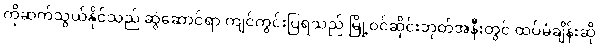
ကိုဆက်သွယ်နိုင်သည် ဆွဲဆောင်ရာ ကျင်ကွင်းပြရသည် မြို့ဝင်ဆိုင်းဘုတ်အနီးတွင် ထပ်မံချိန်းဆို